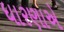
ધારણાએ